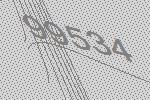
99534